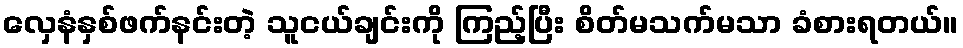
လှေနံနှစ်ဖက်နင်းတဲ့ သူငယ်ချင်းကို ကြည့်ပြီး စိတ်မသက်မသာ ခံစားရတယ်။